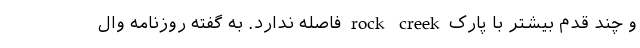
و چند قدم بیشتر با پارک rock creek فاصله ندارد. به گفته روزنامه وال